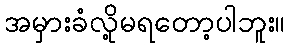
အမှားခံလို့မရတော့ပါဘူး။